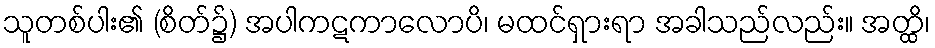
သူတစ်ပါး၏ (စိတ်၌) အပါကဋကာလောပိ၊ မထင်ရှားရာ အခါသည်လည်း။ အတ္ထိ၊